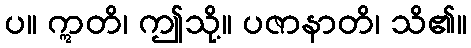
ပ။ ဣတိ၊ ဤသို့။ ပဇာနာတိ၊ သိ၏။